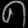
Digit: ၈